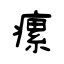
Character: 瘰